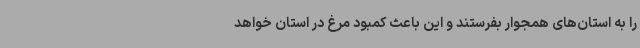
را به استان‌های همجوار بفرستند و این باعث کمبود مرغ در استان خواهد